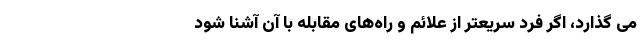
می گذارد، اگر فرد سریعتر از علائم و راه‌های مقابله با آن آشنا شود